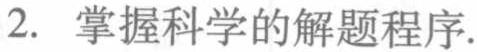
2. 掌握科学的解题程序.